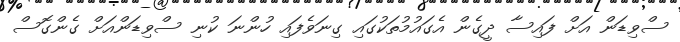
ސްވިޑަން އަށް ފައިސާ ދީގެން އެގައުމުތަކުގައި ގިނަވެފައި ހުންނަ ކުނި ސްވިޑަންއަށް ގެންގޮސް